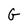
Character: G